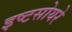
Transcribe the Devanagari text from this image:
इष्टसोयरे